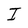
Character: I